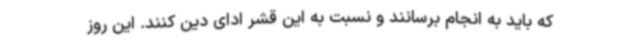
که باید به انجام برسانند و نسبت به این قشر ادای دین کنند. این روز